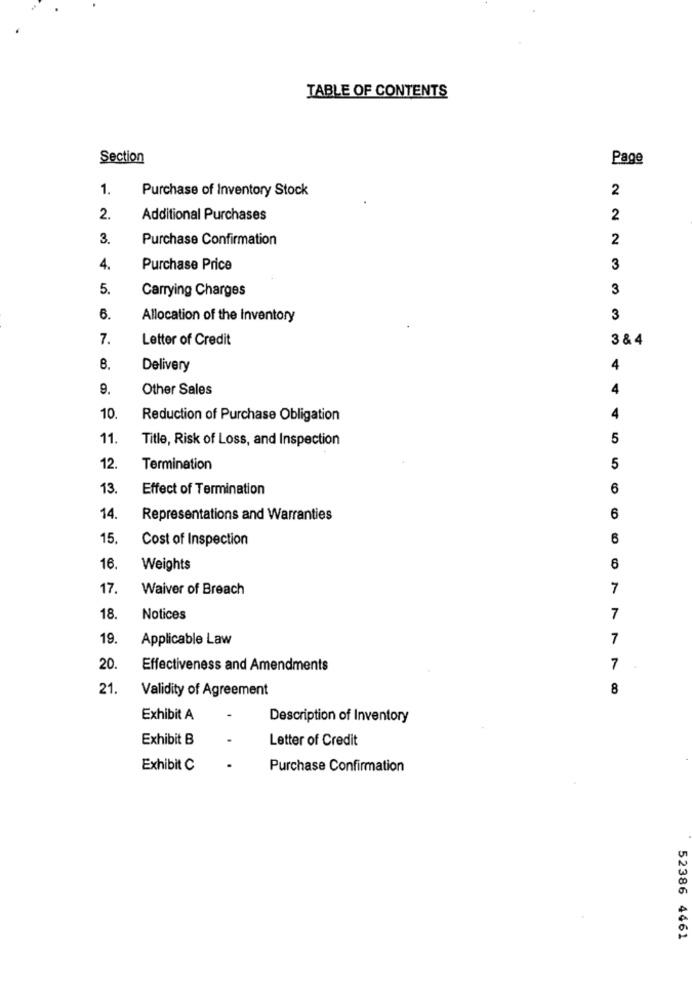
TABLE OF CONTENTS
Section
Page
1.
Purchase of Inventory Stock
2
2.
Additional Purchases
2
3.
Purchase Confirmation
2
4.
Purchase Price
3
5.
Carrying Charges
3
6.
Allocation of the Inventory
3
7.
Letter of Credit
3 & 4
8.
Delivery
4
9.
Other Sales
4
10.
Reduction of Purchase Obligation
11.
Title, Risk of Loss, and Inspection
5
12.
Termination
5
13.
Effect of Termination
6
14.
Representations and Warranties
6
15.
Cost of Inspection
6
16.
Weights
6
17.
Waiver of Breach
7
18.
Notices
7
19.
Applicable Law
7
20.
Effectiveness and Amendments
7
21
Validity of Agreement
8
Exhibit A
Description of Inventory
Exhibit B
Letter of Credit
Exhibit C
Purchase Confirmation
52386 4461